Senior Leaving Certificate Examination (including Day School Certificate (Higher) General paper), 1949
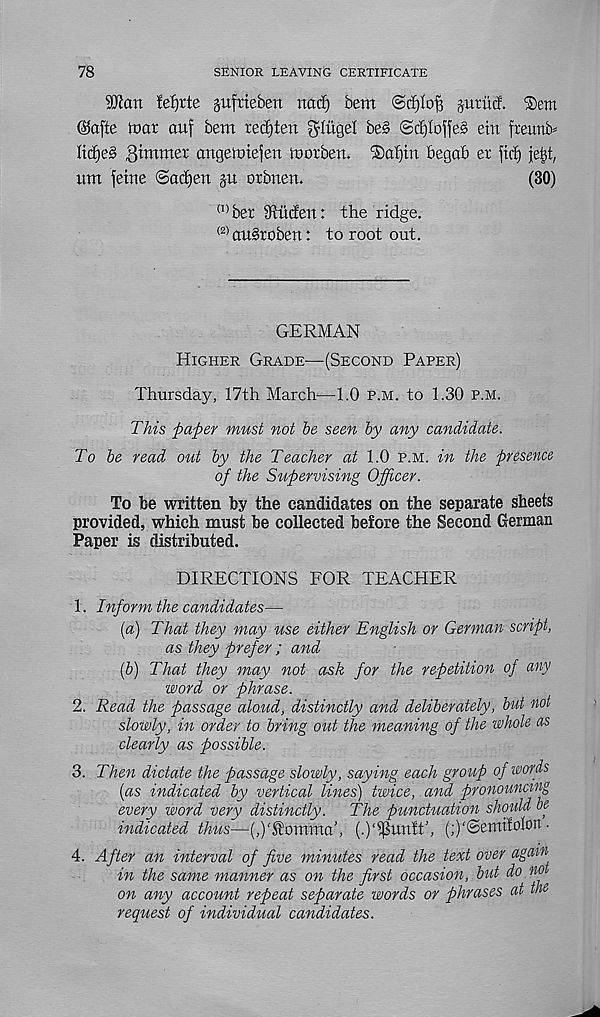
78
SENIOR LEAVING CERTIFICATE
ajlcm fefjrte jufrteben nacf) bent ®d)Io|3 gntitd. ®em
@a[te inar anf bent redjten ^litgel be§ ©rf)Ioffe§ etn fteurtb=
M]e§> 3tntnter angeintejen to or ben. 2)af)tn begab er ftd) jeiit,
tint feine ©adjen §u orbnen.
(30)
(1)
b
(2) au§robett: to root out.
GERMAN
Higher Grade—(Second Paper)
Thursday, 17th March—1.0 p.m. to 1.30 p.m.
This paper must not be seen by any candidate.
To be read out by the Teacher at 1.0 p.m. in the presence
of the Supervising Officer.
To be written by the candidates on the separate sheets
provided, which must be collected before the Second German
Paper is distributed.
DIRECTIONS FOR TEACHER
1. Inform the candidates—
(a) That they may use either English or German script,
as they prefer ; and
(b) That they may not ask for the repetition of any
word or phrase.
2. Read the passage aloud, distinctly and deliberately, but not
slowly, in order to bring out the meaning of the whole as
clearly as possible.
3. Then dictate the passage slowly, saying each group of words
(as indicated by vertical lines) twice, and pronouncing
every word very distinctly.
The punctuation should be
indicated thus—(,)'$omma’, (.)‘^unft', (;)‘(Bermfolon ■
4. After an interval of five minutes read the text over again
in the same manner as on the first occasion, but do no
on any account repeat separate words or phrases at the
request of individual candidates.